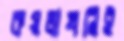
কয়লাখনিই